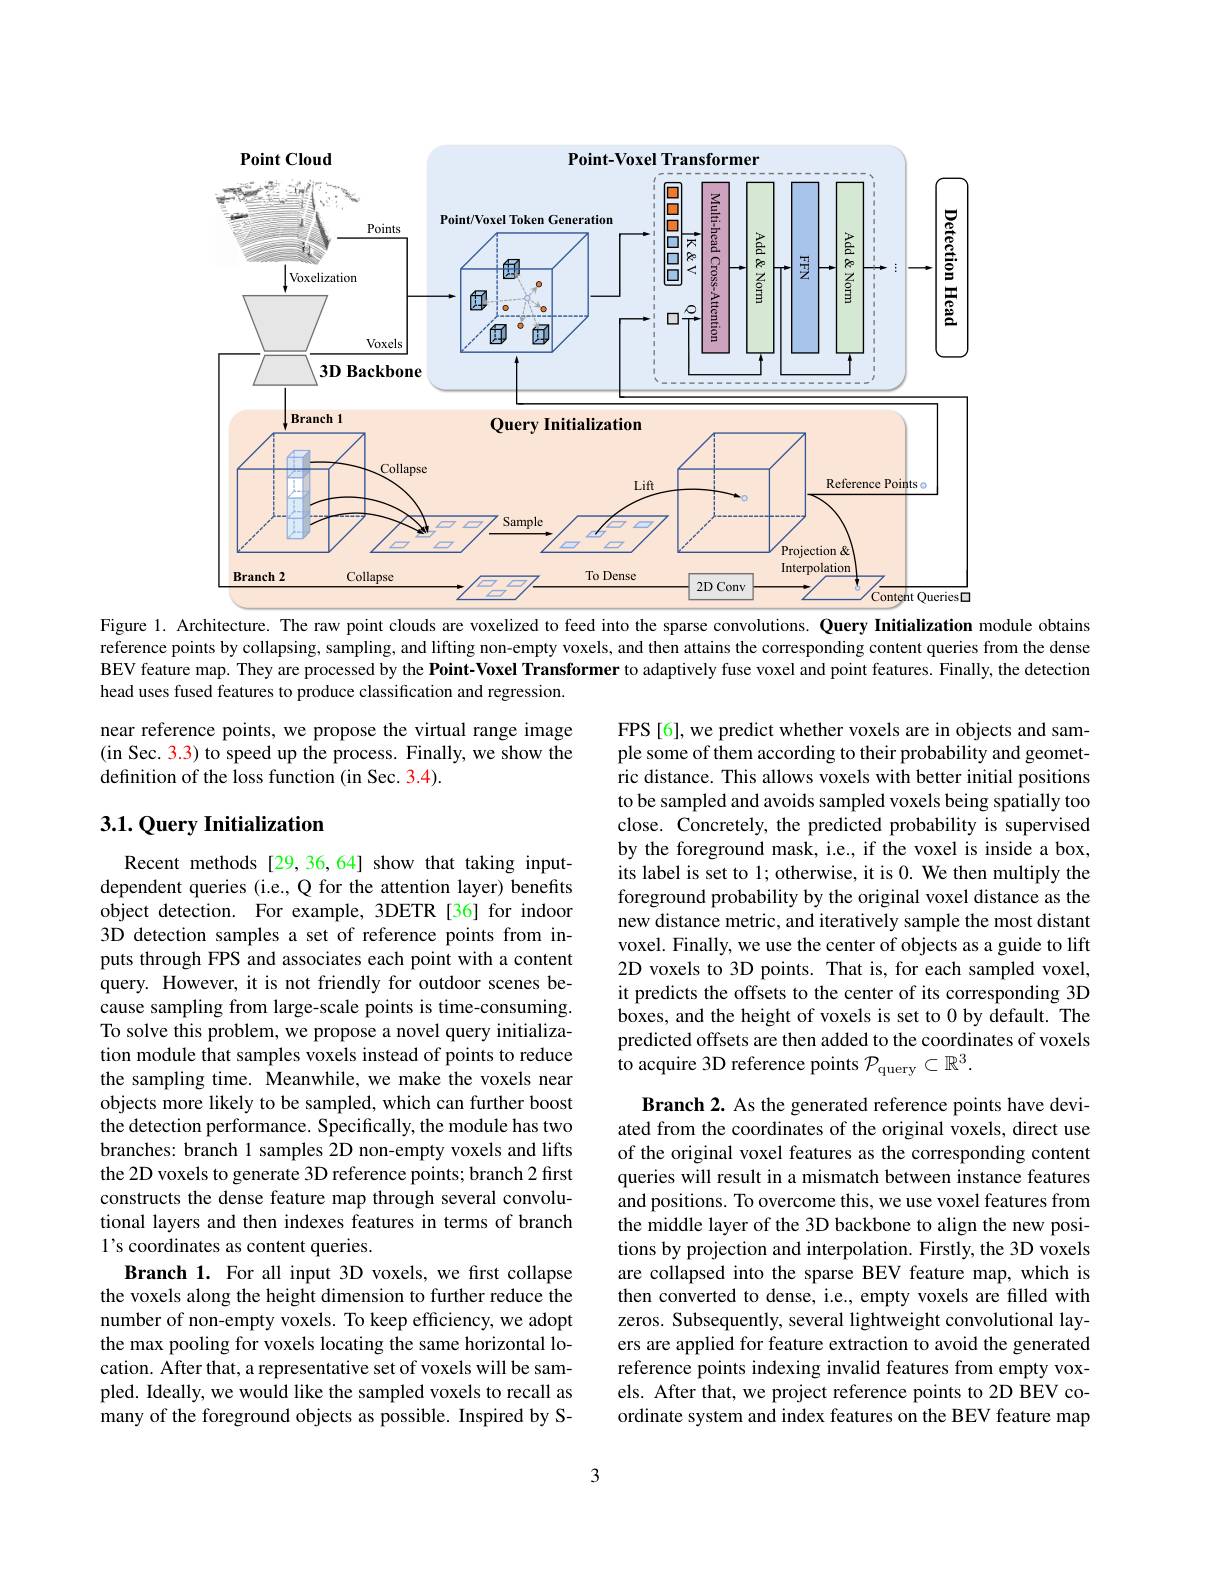
<FigureHere>

Figure 1. Architecture. The raw point clouds are voxelized to feed into the sparse convolutions. Query Initialization module obtains

reference points by collapsing, sampling, and lifting non-empty voxels, and then attains the corresponding content queries from the dense BEV feature map. They are processed by the Point-Voxel Transformer to adaptively fuse voxel and point features. Finally, the detection head uses fused features to produce classification and regression.

near reference points, we propose the virtual range image (in Sec. 3.3) to speed up the process. Finally, we show the definition of the loss function (in Sec. 3.4).

## $3. 1. \textbf{Query Initialization}$

FPS[6], we predict whether voxels are in objects and sample some of them according to their probability and geometric distance. This allows voxels with better initial positions to be sampled and avoids sampled voxels being spatially too close. Concretely, the predicted probability is supervised by the foreground mask, i.e., if the voxel is inside a box, its label is set to 1; otherwise, it is 0. We then multiply the foreground probability by the original voxel distance as the new distance metric, and iteratively sample the most distant voxel. Finally, we use the center of objects as a guide to lift 2D voxels to 3D points. That is, for each sampled voxel, it predicts the offsets to the center of its corresponding 3D boxes, and the height of voxels is set to 0 by default. The predicted offsets are then added to the coordinates of voxels to acquire 3D reference points $\mathcal{P}_\mathrm{query}\subset\mathbb{R}^3.$

Recent methods [29,36,64] show that taking inputdependent queries (i.e., Q for the attention layer) benefits object detection. For example, 3DETR [36] for indoor 3D detection samples a set of reference points from inputs through FPS and associates each point with a content query. However, it is not friendly for outdoor scenes because sampling from large-scale points is time-consuming. To solve this problem, we propose a novel query initialization module that samples voxels instead of points to reduce the sampling time. $\hat{\text{Meanwhile,we make the voxels near}}$ objects more likely to be sampled, which can further boost the detection performance. Specifically, the module has two branches: branch 1 samples 2D non-empty voxels and lifts the 2D voxels to generate 3D reference points; branch 2 first constructs the dense feature map through several convolutional layers and then indexes features in terms of branch 1's coordinates as content queries.
Branch 1. For all input 3D voxels, we frst collapse the voxels along the height dimension to further reduce the number of non-empty voxels. To keep efficiency, we adopt the max pooling for voxels locating the same horizontal location. After that, a representative set of voxels will be sampled. Ideally, we would like the sampled voxels to recall as many of the foreground objects as possible. Inspired by S-

Branch 2. As the generated reference points have deviated from the coordinates of the original voxels, direct use of the original voxel features as the corresponding content queries will result in a mismatch between instance features and positions. To overcome this, we use voxel features from the middle layer of the 3D backbone to align the new positions by projection and interpolation. Firstly, the 3D voxels are collapsed into the sparse BEV feature map, which is then converted to dense, i.e., empty voxels are filled with zeros. Subsequently, several lightweight convolutional layers are applied for feature extraction to avoid the generated reference points indexing invalid features from empty voxels. After that, we project reference points to 2D BEV coordinate system and index features on the BEV feature map

3